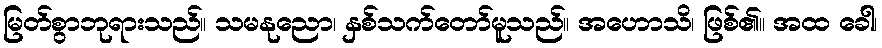
မြတ်စွာဘုရားသည်။ သမနုညော၊ နှစ်သက်တော်မူသည်။ အဟောသိ၊ ဖြစ်၏။ အထ ခေါ၊